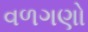
વળગણો